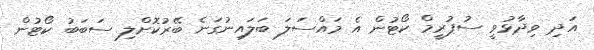
އަދި ވިދާޅުވީ ސުޕުރީމް ކޯޓުން އެ މައްސަލަ ބަލައިނުގަނެ ބޭރުކޮށްލި ސަބަބު ކޯޓުން